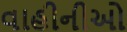
વાહીનીઓ